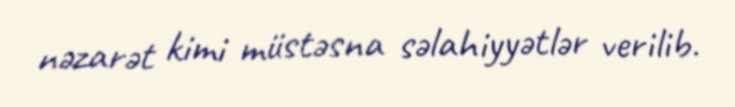
nəzarət kimi müstəsna səlahiyyətlər verilib.